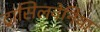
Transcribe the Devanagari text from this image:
ट्रांसिलवेनिया